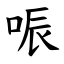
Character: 㖘